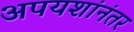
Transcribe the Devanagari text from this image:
अपयशांनंतर